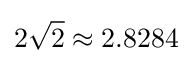
2{\sqrt {2}}\approx 2.8284